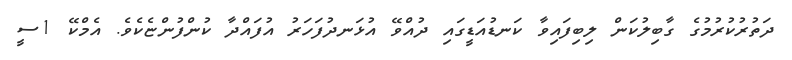
ދަތުރުކުރުމުގެ ގާބިލުކަން ލިބިފައިވާ ކަނޑުއަޑީގައި ދުއްވޭ އުޅަނދުފަހަރު އުފައްދާ ކުންފުންޏެކެވެ. އެމްކޭ 1ސީ